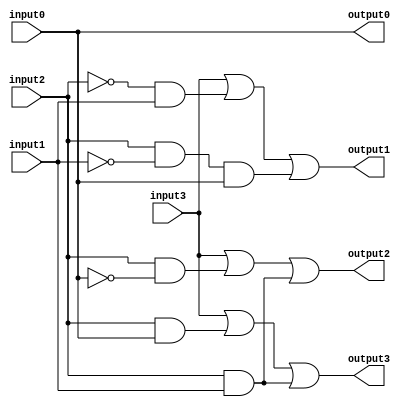
`timescale 1ns / 1ps


module BcdConverter(
    input input0,
    input input1,
    input input2,
    input input3,
    output output0,
    output output1,
    output output2,
    output output3
    );
    
    assign output3 = input3 | input2 &input0 | input2 & input1;
    assign output2 = input3 | input2 & (~input0) | input2 & input1;
    assign output1 = input3 | (~input2) & input1 | input2 & (~input1) & input0;
    assign output0 = input0;
    
endmodule